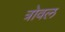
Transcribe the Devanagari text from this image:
त्रोवल